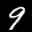
Label: 9